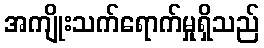
အကျိုးသက်ရောက်မှုရှိသည်